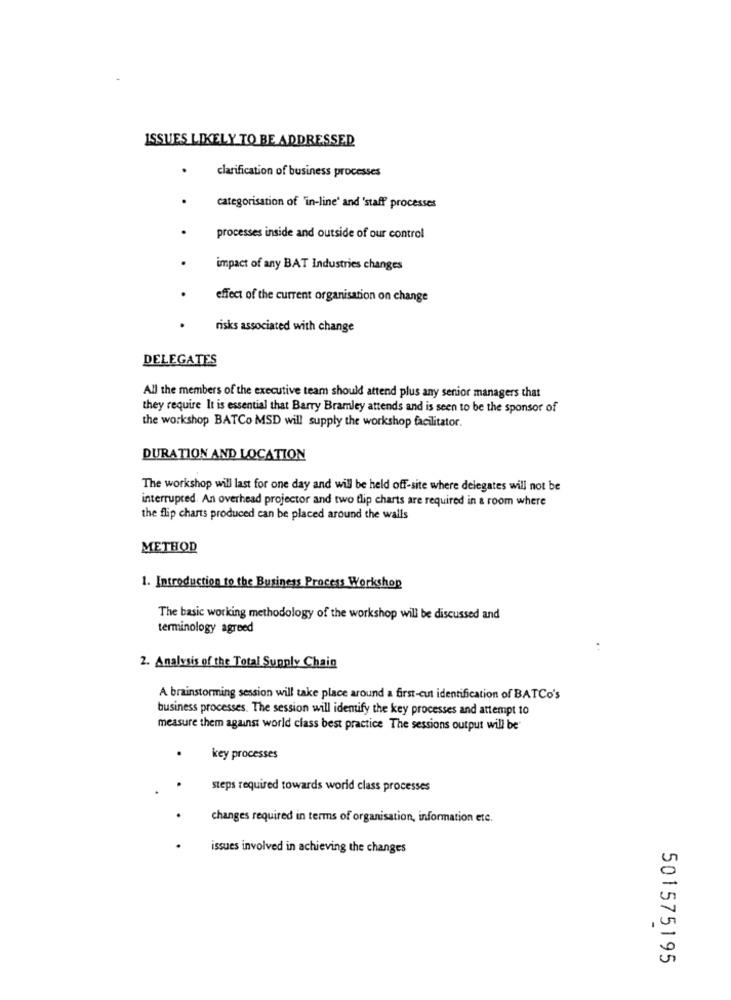
ISSUES LIKELY TO BE ADDRESSED
clarification of business processes
categorisation of "in-line' and 'staff processes
processes inside and outside of our control
impact of any BAT Industries changes
effect of the current organisation on change
risks associated with change
DELEGATES
All the members of the executive team should attend plus any senior managers that
they require It is essential that Barry Bramley attends and is seen to be the sponsor of
the workshop BATCo MSD will supply the workshop facilitator.
DURATION AND LOCATION
The workshop will last for one day and will be held off-site where delegates will not be
interrupted. An overhead projector and two flip charts are required in a room where
the flip charts produced can be placed around the walls
METHOD
1. Introduction to the Business Process Workshop
The basic working methodology of the workshop will be discussed and
terminology agreed
2. Analysis of the Total Supply Chain
A brainstorming session will take place around a first-cut identification of BATCo's
business processes. The session will identify the key processes and attempt 10
measure them against world class best practice The sessions output will be"
key processes
steps required towards world class processes
changes required in terms of organisation, information ete.
issues involved in achieving the changes
501575195